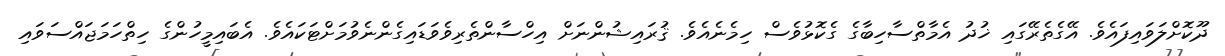
ދޫކޮށްލަވައިފައެވެ. އޭގެތެރޭގައި ޚުދު އެމާތްސާހިބާގެ ގެކޮޅުވެސް ހިމެނެއެވެ. ޤުރައިޝުންނަށް އިހްސާންތެރިވެވަޑައިގެންނެވުމަށްޓަކައެވެ. އެބައިމީހުންގެ ހިތްހަމަޖައްސަވައި